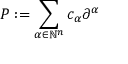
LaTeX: P : = \sum _ { \alpha \in \mathbb { N } ^ { n } } c _ { \alpha } \partial ^ { \alpha }